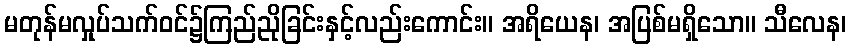
မတုန်မလှုပ်သက်ဝင်၌ကြည်ညိုခြင်းနှင့်လည်းကောင်း။ အရိယေန၊ အပြစ်မရှိသော။ သီလေန၊